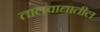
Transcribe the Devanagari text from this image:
तालवाद्यातील